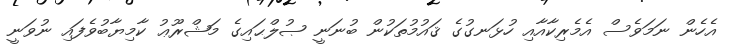
އެހެން ނަމަވެސް އެމެރިކާއާއި ހުޅަނގުގެ ޤައުމުތަކުން ބުނަނީ ޞުލްޙައިގެ މަޝްރޫޢު ކާމިޔާބުވެފައި ނުވަނީ